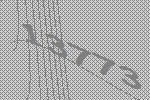
13773